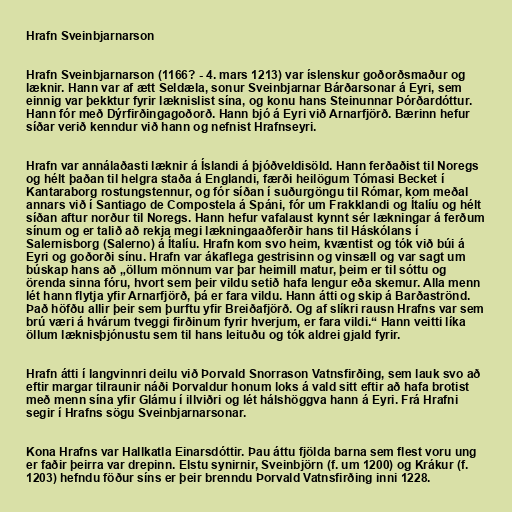
Hrafn Sveinbjarnarson

Hrafn Sveinbjarnarson (1166? - 4. mars 1213) var íslenskur goðorðsmaður og
læknir. Hann var af ætt Seldæla, sonur Sveinbjarnar Bárðarsonar á Eyri, sem
einnig var þekktur fyrir læknislist sína, og konu hans Steinunnar Þórðardóttur.
Hann fór með Dýrfirðingagoðorð. Hann bjó á Eyri við Arnarfjörð. Bærinn hefur
síðar verið kenndur við hann og nefnist Hrafnseyri.

Hrafn var annálaðasti læknir á Íslandi á þjóðveldisöld. Hann ferðaðist til Noregs
og hélt þaðan til helgra staða á Englandi, færði heilögum Tómasi Becket í
Kantaraborg rostungstennur, og fór síðan í suðurgöngu til Rómar, kom meðal
annars við í Santiago de Compostela á Spáni, fór um Frakklandi og Ítalíu og hélt
síðan aftur norður til Noregs. Hann hefur vafalaust kynnt sér lækningar á ferðum
sínum og er talið að rekja megi lækningaaðferðir hans til Háskólans í
Salernisborg (Salerno) á Ítalíu. Hrafn kom svo heim, kvæntist og tók við búi á
Eyri og goðorði sínu. Hrafn var ákaflega gestrisinn og vinsæll og var sagt um
búskap hans að „öllum mönnum var þar heimill matur, þeim er til sóttu og
örenda sinna fóru, hvort sem þeir vildu setið hafa lengur eða skemur. Alla menn
lét hann flytja yfir Arnarfjörð, þá er fara vildu. Hann átti og skip á Barðaströnd.
Það höfðu allir þeir sem þurftu yfir Breiðafjörð. Og af slíkri rausn Hrafns var sem
brú væri á hvárum tveggi firðinum fyrir hverjum, er fara vildi.“ Hann veitti líka
öllum læknisþjónustu sem til hans leituðu og tók aldrei gjald fyrir.

Hrafn átti í langvinnri deilu við Þorvald Snorrason Vatnsfirðing, sem lauk svo að
eftir margar tilraunir náði Þorvaldur honum loks á vald sitt eftir að hafa brotist
með menn sína yfir Glámu í illviðri og lét hálshöggva hann á Eyri. Frá Hrafni
segir í Hrafns sögu Sveinbjarnarsonar.

Kona Hrafns var Hallkatla Einarsdóttir. Þau áttu fjölda barna sem flest voru ung
er faðir þeirra var drepinn. Elstu synirnir, Sveinbjörn (f. um 1200) og Krákur (f.
1203) hefndu föður síns er þeir brenndu Þorvald Vatnsfirðing inni 1228.